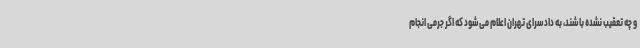
و چه تعقیب نشده باشند، به دادسرای تهران اعلام می‌شود که اگر جرمی انجام